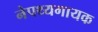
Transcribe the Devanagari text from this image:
नेपथ्यगायक